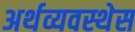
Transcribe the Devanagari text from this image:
अर्थव्यवस्थेस